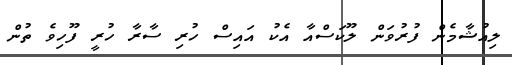
ލިއުޝާމެން ފުރުވަން ލޫކަސްއާ އެކު އައިސް ހުރި ސާރާ ހުރީ ފޫހިވެ ތުން